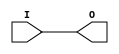
module IBUFG_LVTTL (O, I);

    output O;

    input  I;

	buf B1 (O, I);


endmodule